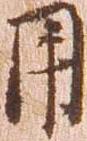
用